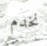
نخدم